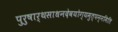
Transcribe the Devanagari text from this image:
पुरुषार्थसाधनदेवयोग्यमुत्पन्नमिति